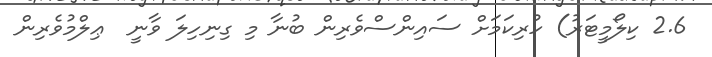
2.6 ކިލޯމީޓަރު) ހުރިކަމަށް ސައިންސްވެރިން ބުނާ މި ގިނިހިލަ ވާނީ  ޢިލްމުވެރިން